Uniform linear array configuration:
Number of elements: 4
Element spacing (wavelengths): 0.25
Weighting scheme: kaiser
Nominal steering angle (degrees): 60
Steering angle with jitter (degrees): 61.948
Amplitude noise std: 0.05
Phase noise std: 0.05

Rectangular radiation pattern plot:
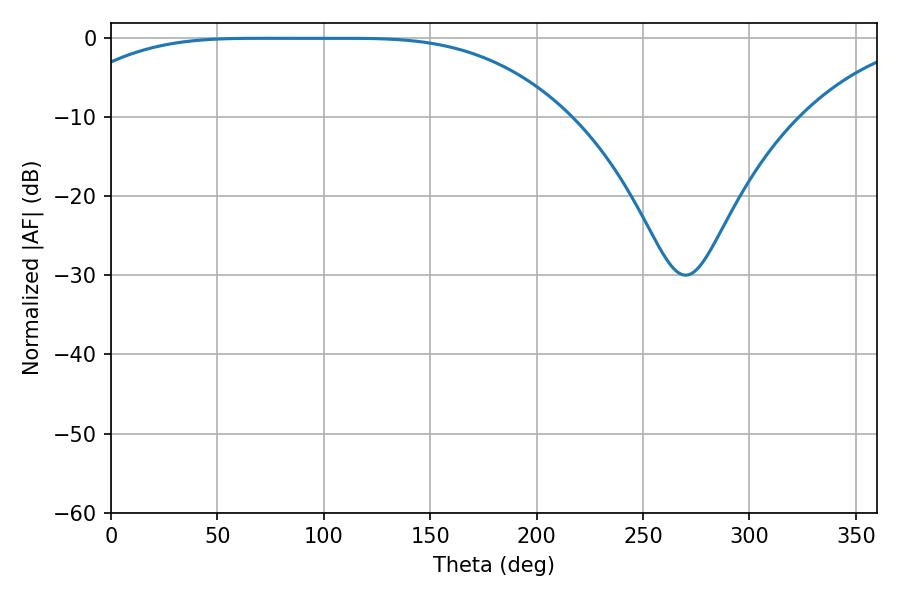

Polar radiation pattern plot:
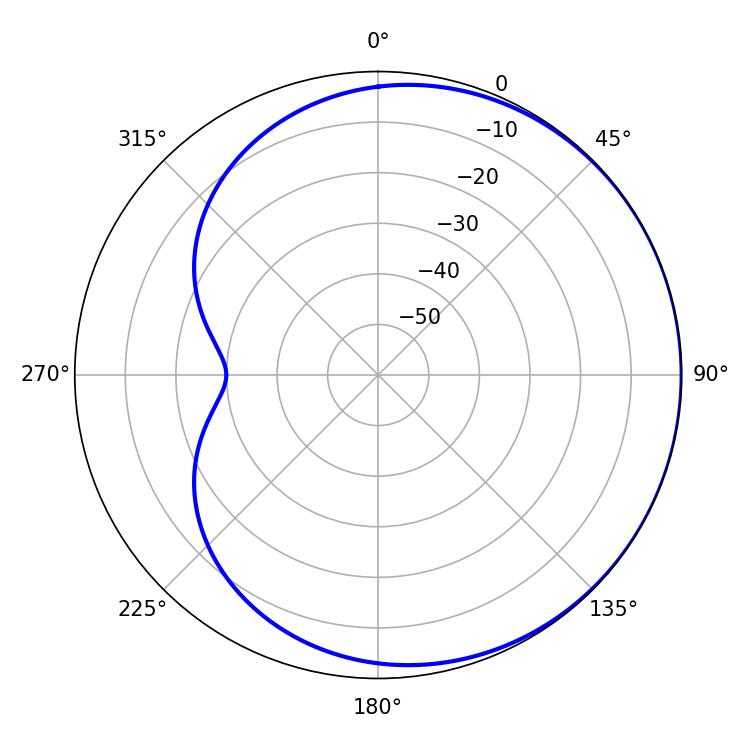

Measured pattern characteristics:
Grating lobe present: FALSE
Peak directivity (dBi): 0.4887
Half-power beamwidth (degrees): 180
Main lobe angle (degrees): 69.66